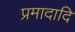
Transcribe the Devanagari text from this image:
प्रमादादि